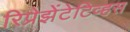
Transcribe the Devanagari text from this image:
रिप्रेझेंटेटिव्हस